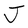
Character: J